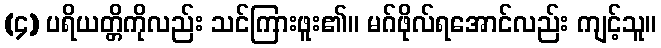
(၄) ပရိယတ္တိကိုလည်း သင်ကြားဖူး၏။ မဂ်ဖိုလ်ရအောင်လည်း ကျင့်သူ။